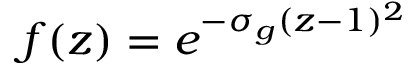
f ( z ) = e ^ { - \sigma _ { g } ( z - 1 ) ^ { 2 } }